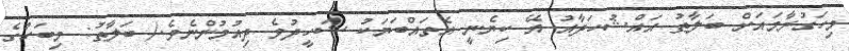
މިހަގުރާމައަށް ބަލާޠު އައްޝުހަދާއު އޭ ކިޔެނީ އެތައްބަޔަކު ޝަހީދުވެ ދިއުމުންނެވެ.( ބަލާޠު: މިބަހުގެ